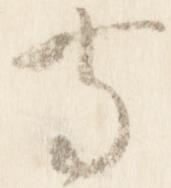
寺